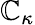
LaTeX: \mathbb{C}_{\kappa}